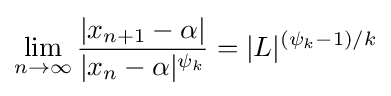
\lim \limits _{n\to \infty }{\frac {|x_{n+1}-\alpha |}{|x_{n}-\alpha |^{\psi _{k}}}}=|L|^{(\psi _{k}-1)/k}